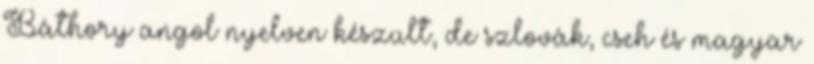
Báthory angol nyelven készült, de szlovák, cseh és magyar